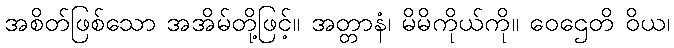
အစိတ်ဖြစ်သော အအိမ်တို့ဖြင့်။ အတ္တာနံ၊ မိမိကိုယ်ကို။ ဝေဌေတိ ဝိယ၊